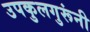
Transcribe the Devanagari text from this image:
उपकुलगुरूंनी